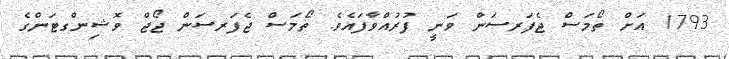
1793 އަށް ތޯމަސް ޖެފަރސަން ވަނީ ފުރުއްވާފައެވެ. ތޯމަސް ޖެފަރސަން ޖޯޖް ވޮޝިންގޓަންގެ